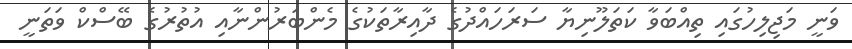
ވަނީ މަޖިލިހުގައި ތިއްބަވާ ކަތަލޫނިޔާ ސަރަހައްދުގެ ދާއިރާތަކުގެ މެންބަރުންނާއި އުތުރުގެ ބޭސްކް ވަތަނީ